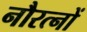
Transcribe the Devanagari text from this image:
नौरत्नों